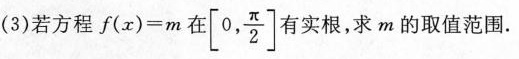
(3)若方程$$f ( x ) = m$$在\left[0,\frac{π}{2}\right]有实根，求m的取值范围.